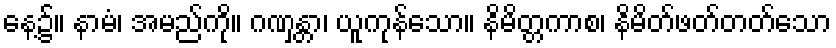
နေ့၌။ နာမံ၊ အမည်ကို။ ဂဏှန္တာ၊ ယူကုန်သော။ နိမိတ္တကာစ၊ နိမိတ်ဖတ်တတ်သော